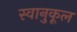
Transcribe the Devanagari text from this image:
स्वानुकूल